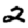
Digit: 2